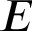
E